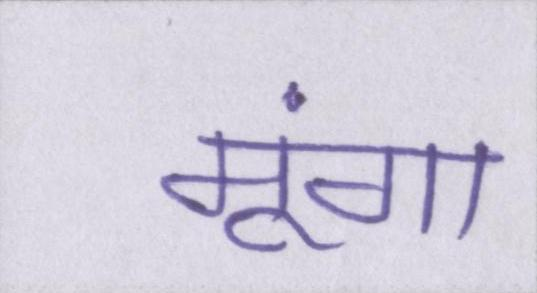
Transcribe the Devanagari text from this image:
मूंगा